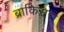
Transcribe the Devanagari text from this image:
ब्राकिसरा